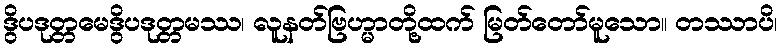
ဒွိပဒုတ္တမေဒွိပဒုတ္တမဿ၊ လူနတ်ဗြဟ္မာတို့ထက် မြတ်တော်မူသော။ တဿာပိ၊